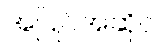
အပြိုင်အဆိုင်